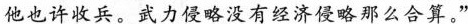
他也许收兵。武力侵略没有经济侵略那么合算。”